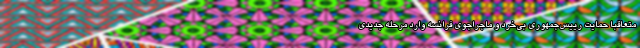
متعاقباً حمایت رییس‌جمهوری بی‌خرد و ماجراجوی فرانسه وارد مرحله جدیدی